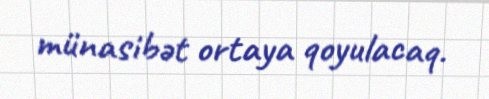
münasibət ortaya qoyulacaq.